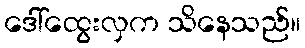
ဒေါ်ထွေးလှက သိနေသည်။